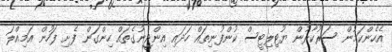
އެހެންކަމުން ސަރުކާރުން ޔުޓިލިޓީސް ކުންފުނިތައް ހަދައި އިންޖީނުގެތައް ހިންގަން ފެށި ފަހުން އަމިއްލަ